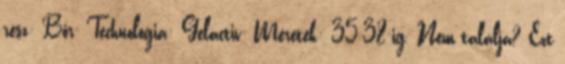
rész: Bőr- Technológia: Gelactiv- Méretek: 35-38-ig. Nem találja? Ezt